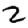
Digit: 2